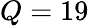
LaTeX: Q=19